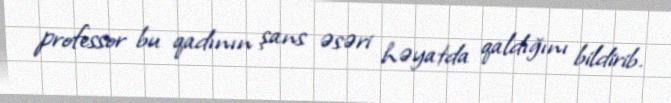
professor bu qadının şans əsəri həyatda qaldığını bildirib.